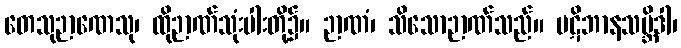
တေသုဉာဏေသု၊ ထိုဉာဏ်သုံးပါးတို့၌။ ဉာဏံ၊ သိသောဉာဏ်သည်။ ပဋိဘာနသမ္ဘိဒါ၊